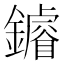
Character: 䥧